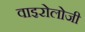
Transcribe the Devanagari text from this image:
वाइरोलोजी